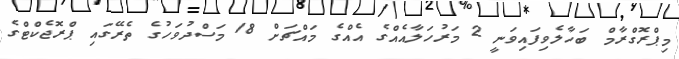
މިޕްރޮގްރާމް ބަހާލެވިފައިވަނީ 2 މަރުހަލާއެއްގެ އެއްގެ މައްޗަށް 18 މަސްދުވަހުގެ ތެރޭގައި ޕްރޮޖެކްޓްގެ